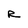
Character: R